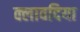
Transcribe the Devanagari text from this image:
क्लावदिया